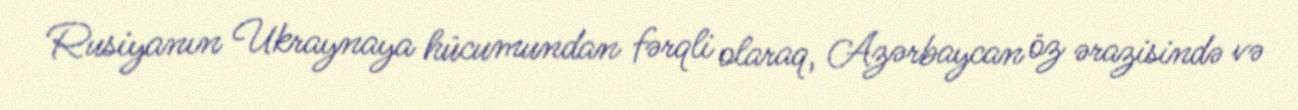
Rusiyanın Ukraynaya hücumundan fərqli olaraq, Azərbaycan öz ərazisində və